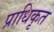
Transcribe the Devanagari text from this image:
प्राधिकृत